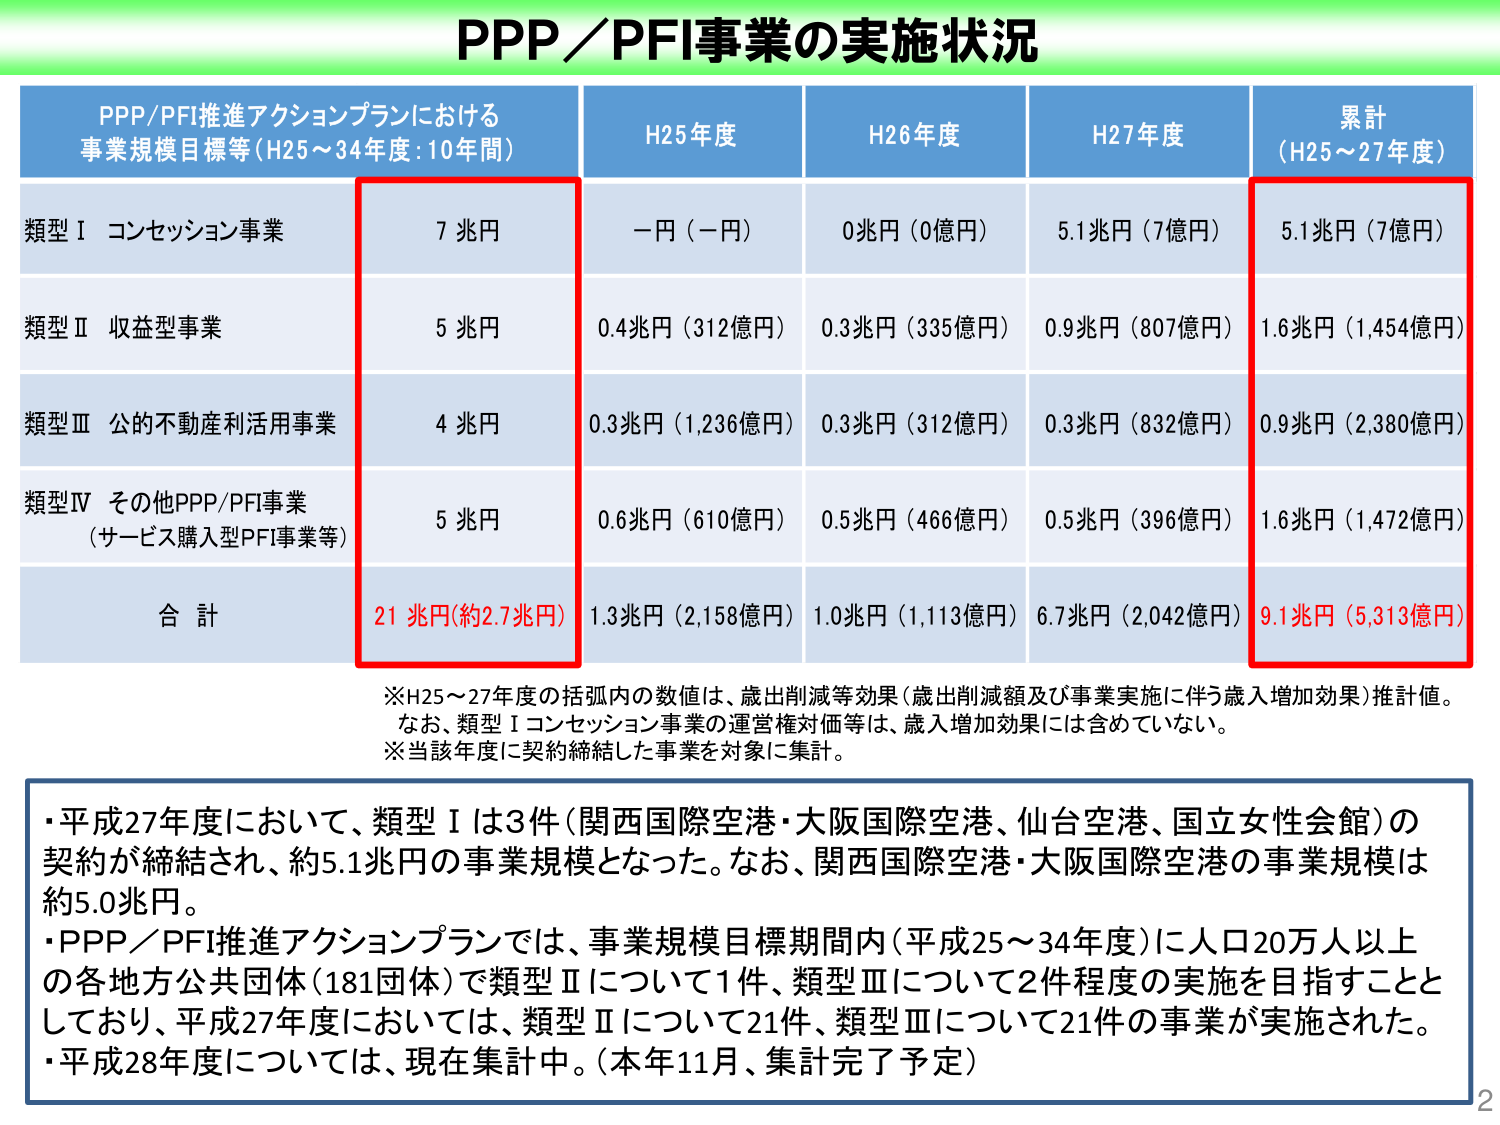
PPP／PFI事業の実施状況

PPP/PFI推進アクションプランにおける
事業規模目標等（H25～34年度：10年間）	H25年度	H26年度	H27年度	累計
（H25～27年度）

類型Ⅰ コンセッション事業	7兆円	一円（一円）	0兆円（0億円）	5.1兆円（7億円）	5.1兆円（7億円）

類型Ⅱ 収益型事業	5兆円	0.4兆円（312億円）	0.3兆円（335億円）	0.9兆円（807億円）	1.6兆円（1,454億円）

類型Ⅲ 公的不動産利活用事業	4兆円	0.3兆円（1,236億円）	0.3兆円（312億円）	0.3兆円（832億円）	0.9兆円（2,380億円）

類型Ⅳ その他PPP/PFI事業
（サービス購入型PFI事業等）	5兆円	0.6兆円（610億円）	0.5兆円（466億円）	0.5兆円（396億円）	1.6兆円（1,472億円）

合計	21兆円（約2.7兆円）	1.3兆円（2,158億円）	1.0兆円（1,113億円）	6.7兆円（2,042億円）	9.1兆円（5,313億円）

※H25～27年度の括弧内の数値は、歳出削減等効果（歳出削減額及び事業実施に伴う歳入増加効果）推計値。
なお、類型Ⅰコンセッション事業の運営権対価等は、歳入増加効果には含めていない。
※当該年度に契約締結した事業を対象に集計。

・平成27年度において、類型Ⅰは3件（関西国際空港・大阪国際空港、仙台空港、国立女性会館）の
契約が締結され、約5.1兆円の事業規模となった。なお、関西国際空港・大阪国際空港の事業規模は
約5.0兆円。
・PPP／PFI推進アクションプランでは、事業規模目標期間内（平成25～34年度）に人口20万人以上
の各地方公共団体（181団体）で類型Ⅱについて1件、類型Ⅲについて2件程度の実施を目指すことと
しており、平成27年度においては、類型Ⅱについて21件、類型Ⅲについて21件の事業が実施された。
・平成28年度については、現在集計中。（本年11月、集計完了予定）

2